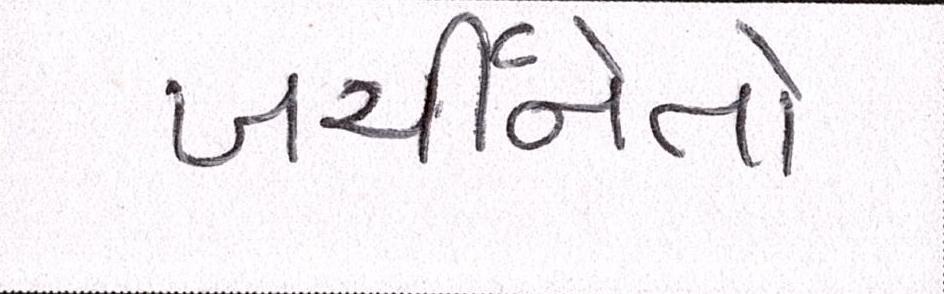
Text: ખર્ચીનેતો